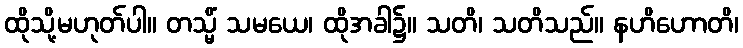
ထိုသို့မဟုတ်ပါ။ တသ္မိံ သမယေ၊ ထိုအခါ၌။ သတိ၊ သတိသည်။ နဟိဟောတိ၊